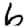
Digit: 6